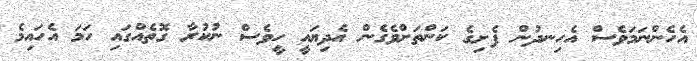
އެހެންނަމަވެސް އެހިނދުން ފެށިގެ ކަންތަށްވެގެން އެދިޔައީ ހީވެސް ނުކުރާ ގޮތެއްގައި ހަމަ އެހައިމެ